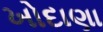
ખોદાણા